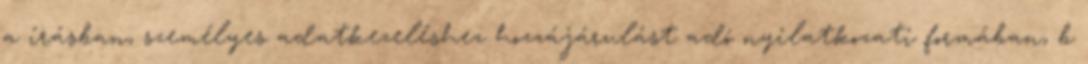
a írásban, személyes adatkezeléshez hozzájárulást adó nyilatkozati formában, b